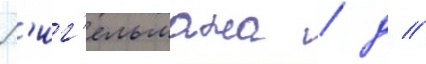
Р'иг'ельмана / д //